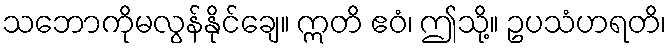
သဘောကိုမလွန်နိုင်ချေ။ ဣတိ ဧဝံ၊ ဤသို့။ ဥပသံဟရတိ၊